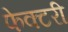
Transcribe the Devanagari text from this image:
फेक्टरी